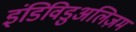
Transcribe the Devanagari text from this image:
इंडिविडुअलिज़म